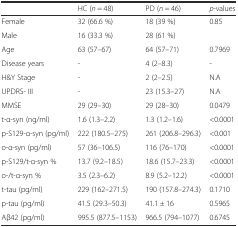
<table><thead><tr><td></td><td><b>HC (<i>n</i> = 48)</b></td><td><b>PD (<i>n</i> = 46)</b></td><td><b><i>p</i>-values</b></td></tr></thead><tbody><tr><td>Female</td><td>32 (66.6 %)</td><td>18 (39 %)</td><td>0.85</td></tr><tr><td>Male</td><td>16 (33.3 %)</td><td>28 (61 %)</td><td></td></tr><tr><td>Age</td><td>63 (57–67)</td><td>64 (57–71)</td><td>0.7969</td></tr><tr><td>Disease years</td><td>-</td><td>4 (2–8.3)</td><td>-</td></tr><tr><td>H&amp;Y Stage</td><td>-</td><td>2 (2–2.5)</td><td>N.A</td></tr><tr><td>UPDRS- III</td><td>-</td><td>23 (15.3–27)</td><td>N.A</td></tr><tr><td>MMSE</td><td>29 (29–30)</td><td>29 (28–30)</td><td>0.0479</td></tr><tr><td>t-α-syn (ng/ml)</td><td>1.6 (1.3–2.2)</td><td>1.3 (1.2–1.6)</td><td>&lt;0.0001</td></tr><tr><td>p-S129-α-syn (pg/ml)</td><td>222 (180.5–275)</td><td>261 (206.8–296.3)</td><td>&lt;0.001</td></tr><tr><td>o-α-syn (pg/ml)</td><td>57 (36–106.5)</td><td>116 (76–170)</td><td>&lt;0.0001</td></tr><tr><td>p-S129/t-α-syn %</td><td>13.7 (9.2–18.5)</td><td>18.6 (15.7–23.3)</td><td>&lt;0.0001</td></tr><tr><td>o-/t-α-syn %</td><td>3.5 (2.3–6.2)</td><td>8.9 (5.2–12.2)</td><td>&lt;0.0001</td></tr><tr><td>t-tau (pg/ml)</td><td>229 (162–271.5)</td><td>190 (157.8–274.3)</td><td>0.1710</td></tr><tr><td>p-tau (pg/ml)</td><td>41.5 (29.3–50.3)</td><td>41.1 ± 16</td><td>0.5965</td></tr><tr><td>Aβ42 (pg/ml)</td><td>995.5 (877.5–1153)</td><td>966.5 (794–1077)</td><td>0.6745</td></tr></tbody></table>